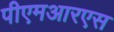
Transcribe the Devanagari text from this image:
पीएमआरएस